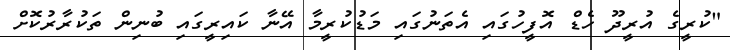
"ކުރީގެ އުރީދޫ ހެޑް އޮފީހުގައި އެތަނުގައި މަޑުކުރީމާ އޭނާ ކައިރީގައި ބުނިން ތަކުރާރުކޮށް